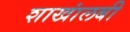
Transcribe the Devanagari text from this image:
शाखांलबी